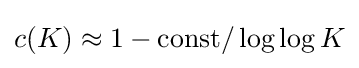
c(K)\approx 1-{\text{const}}/\log \log K